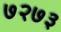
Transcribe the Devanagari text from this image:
७२७३